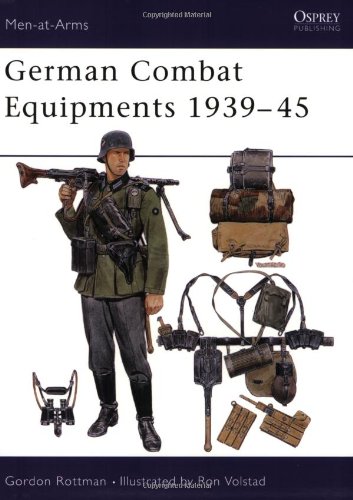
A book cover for German Combat Equipment 1939-45 (Men at Arms Series, 234); Gordon Rottman; Crafts, Hobbies & Home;